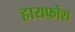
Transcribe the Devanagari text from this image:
हायफोंश